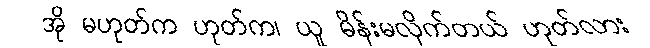
အို မဟုတ်က ဟုတ်က၊ ယူ မိန်းမလိုက်တယ် ဟုတ်လား